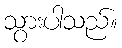
သွားပါသည်။